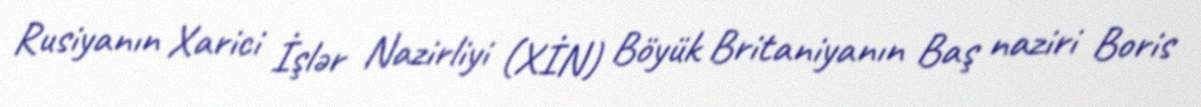
Rusiyanın Xarici İşlər Nazirliyi (XİN) Böyük Britaniyanın Baş naziri Boris